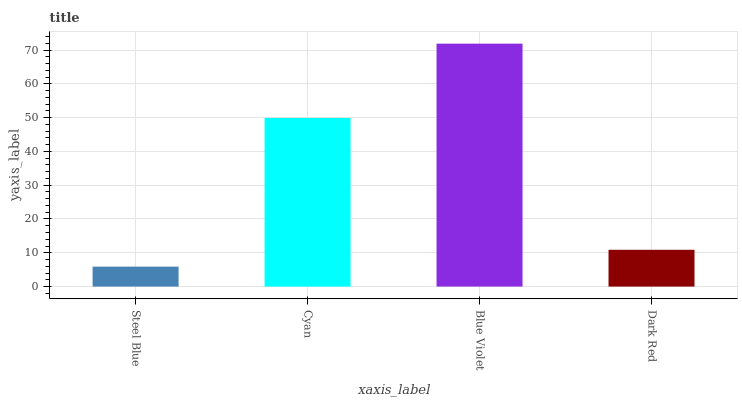
| xaxis_label | bars |
 | --- | --- |
 | Steel Blue | 5.9 |
 | Cyan | 49.9 |
 | Blue Violet | 71.9 |
 | Dark Red | 10.9 |